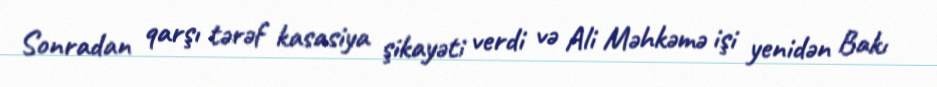
Sonradan qarşı tərəf kasasiya şikayəti verdi və Ali Məhkəmə işi yenidən Bakı